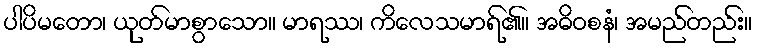
ပါပိမတော၊ ယုတ်မာစွာသော။ မာရဿ၊ ကိလေသမာရ်၏။ အဓိဝစနံ၊ အမည်တည်း။